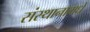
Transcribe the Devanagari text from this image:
संस्थानामधे